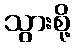
သွားစို့